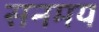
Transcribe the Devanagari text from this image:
सनमय